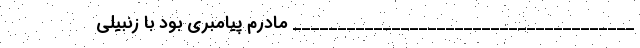
______________________________________ مادرم پیامبری بود با زنبیلی